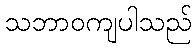
သဘာဝကျပါသည်